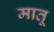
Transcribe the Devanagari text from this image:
मातू